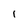
Character: I